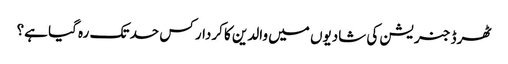
ٹھرڈ جنریشن کی شادیوں میں والدین کا کردار کس حد تک رہ گیا ہے؟